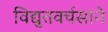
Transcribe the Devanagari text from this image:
विद्युतवर्चसाने